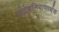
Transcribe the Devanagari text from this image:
संदेहनिवाणार्थक